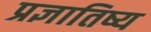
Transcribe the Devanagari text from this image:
प्रज्ञातिष्य